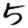
Digit: 5